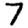
Digit: 7